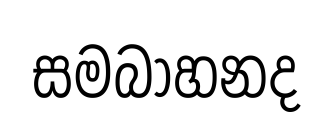
සමබාහනද